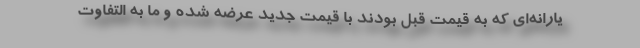
یارانه‌ای که به قیمت قبل بودند با قیمت جدید عرضه شده و ما به التفاوت